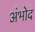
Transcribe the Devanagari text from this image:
अंभोद